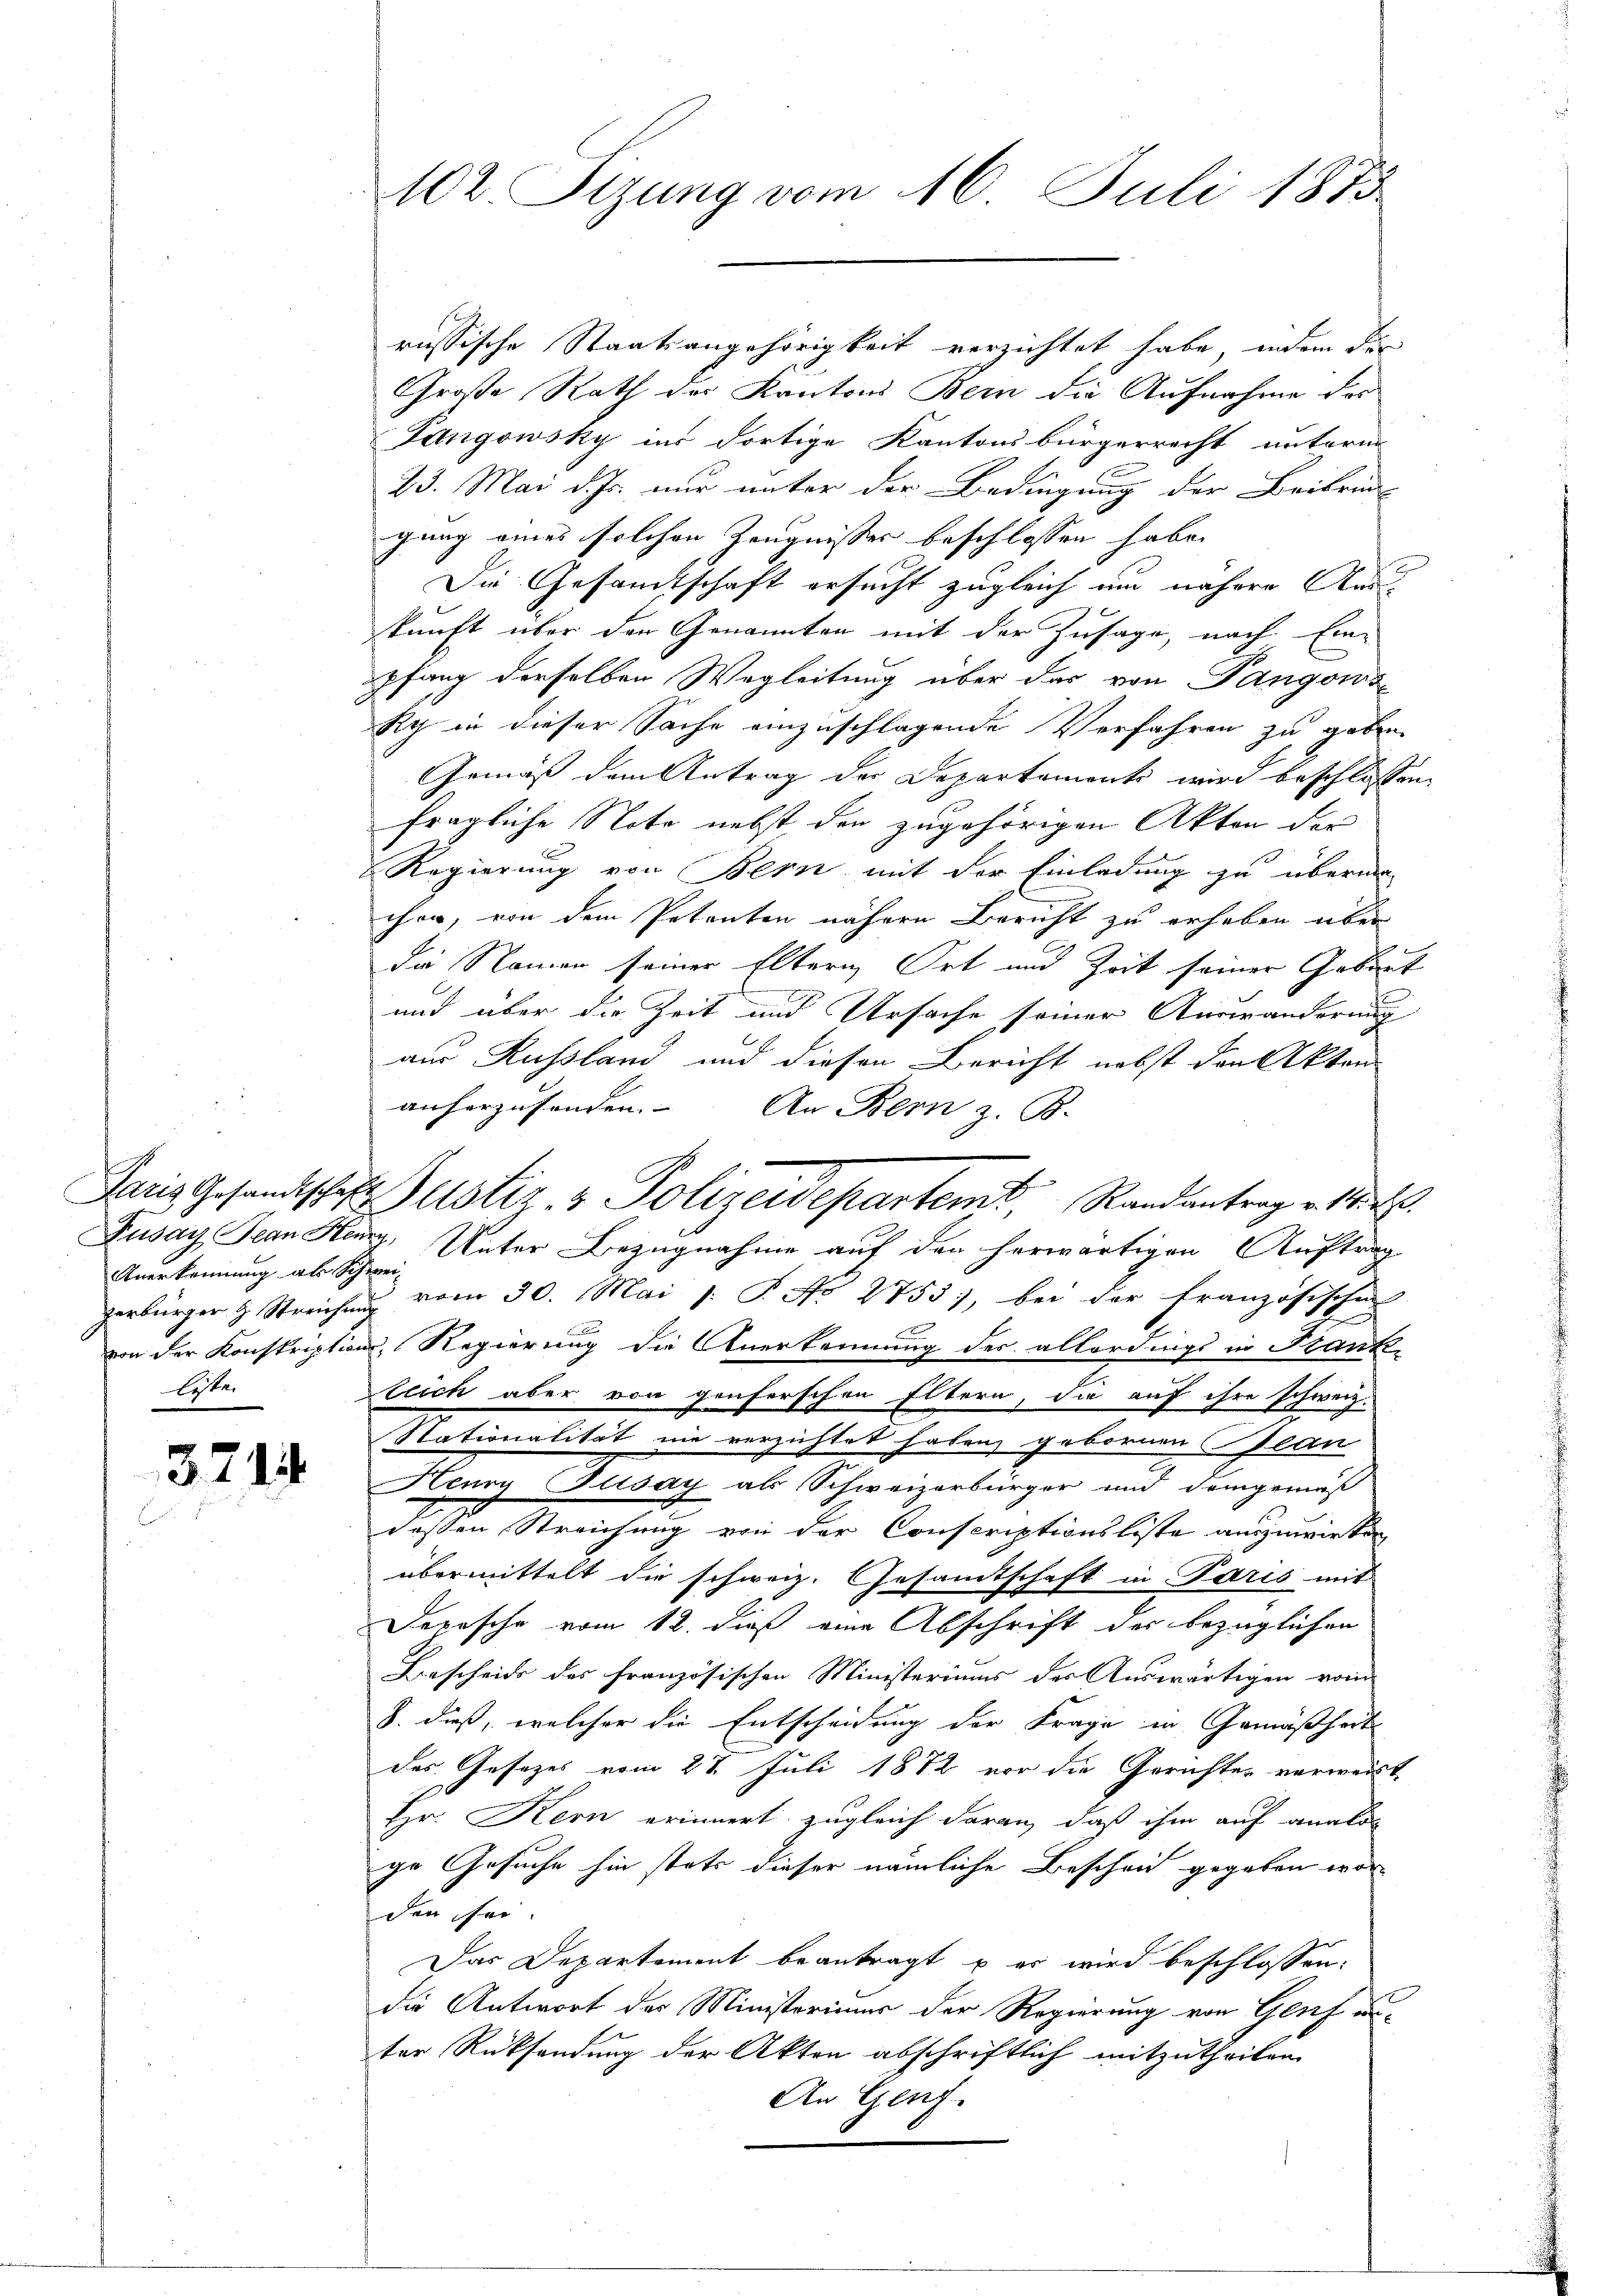
Anerkennung als Schwei-
liste.

3714

102. Sizung vom 16. Juli 1873

russische Staatsangehörigkeit verzichtet habe, indem der
Große Rath des Kantons Bern die Aufnahme der
Fangowsky ins dortige Kantonsbürgerrecht unterm
23. Mai d. Js. nur unter der Bedingung der Beibrin-
gung eines solchen Zeugnisses beschlossen habe.
Die Gesandtschaft ersucht zugleich und nähere Auskunft über der Genannten mit der Zusage, nach Ein-
pfang derselben Wegleitung über das von Pangows
Ry in dieser Sache einzuschlagende Verfahren zu geben
Gemäß dem Antrag der Departement wird beschlossen
fragliche Note nebst den zugehörigen Akten der
Regierung von Bern mit der Einladung zu überma-
cher, von dem Petenten nähern Bericht zu erhoben über
die Namen seiner Eltern Ort und Zeit seiner Gebaut
und über die Zeit und Ursache seiner Auswanderung
aus Russland und diesen Bericht nebst den Akten
anherzusonden. An Bern z. B.
Fusay Jean Herz, Unter Bezugnahme auf den herwärtigen Auftrag
gerbürger & Streichŭng vom 30. Mai l. J. No 2755), bei der französische
x
von der Konskriptions-Regierung die Anerkennung des allerdings in Stank-
llich aber von genferschen Eltern, die auf ihre schweiz.
Stationalität nie verzichtet haben gebornen Plan
Henry Zusay als Schweizerbürger und demgemäß
deßen Streichung von der Conscriptionsliste auszuwirken
übermittelt die schweiz. Gesamtschaft in Paris mit
Depesche vom 12. dieß eine Abschrift der bezüglichen
Bescheide des französischen Ministeriums der Auswärtigen vom
8. dieß, welcher die Entscheidung der Frage in Gemäßheit
des Gesetzes vom 28. Juli 1882 vor die Gerichten verweist
Hr. Kern erinnert zugleich daran, daß ihm auf analo
ge Gesuche hin stets dieser nämliche Bescheid gegeben worden sei.
Das Departement beantragt u er wird beschlossen:
die Antwort der Ministerium der Regierung von Genf unter Rücksendung der Akten abschriftlich mitzutheilen.
An Genf.

Paris Gesandtschaft Zustiz- & Polizeidepartemt, Randantrag v. 1. 2.